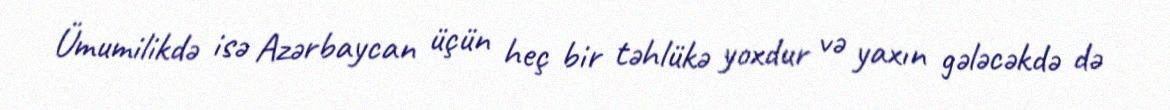
Ümumilikdə isə Azərbaycan üçün heç bir təhlükə yoxdur və yaxın gələcəkdə də